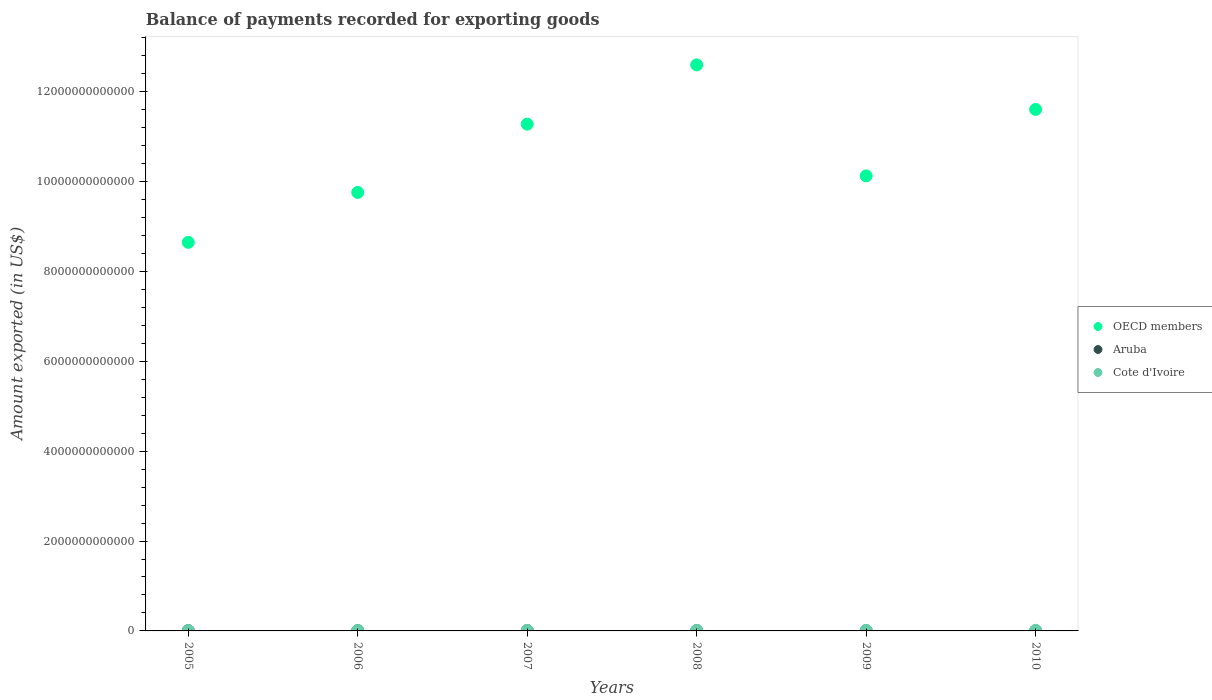
| Years | OECD members | Aruba | Cote d'Ivoire |
 | --- | --- | --- | --- |
 | 2005 | 8.65e+12 | 5.72e+09 | 8.52e+09 |
 | 2006 | 9.76e+12 | 6.03e+09 | 9.32e+09 |
 | 2007 | 1.13e+13 | 6.68e+09 | 9.59e+09 |
 | 2008 | 1.26e+13 | 7.06e+09 | 1.14e+10 |
 | 2009 | 1.01e+13 | 3.49e+09 | 1.23e+10 |
 | 2010 | 1.16e+13 | 1.82e+09 | 1.26e+10 |